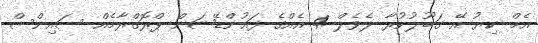
އެމް ކިޔު އޭ ގަބޫލުކުރާ ލެވެލް 4 އެއްގެ ފައުންޑޭޝަން ޕްރޮގްރާމެއް ސައިންސް